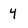
Character: 4